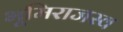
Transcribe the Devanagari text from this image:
भूमिराजस्व